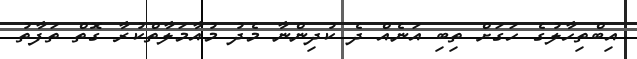
އިބްތިހާލުގެ ހަގަށް ތިބި އަނެއް ދެ ކުދިންނާ މެދު މުއާމަލާތްކުރާ ގޮތް ތަފާތު